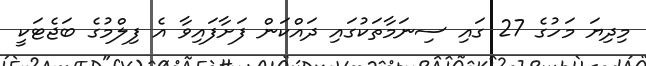
މިދިޔަ މަހުގެ 27 ގައި ސިނަމާތަކުގައި ދައްކަން ފަށާފައިވާ އެ ފިލްމުގެ ބަޖެޓަކީ